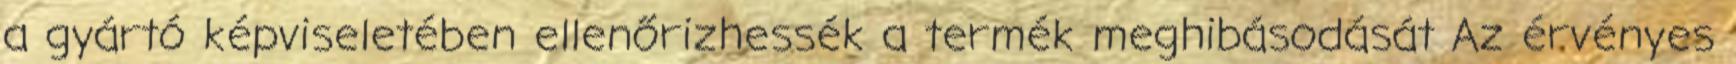
a gyártó képviseletében ellenőrizhessék a termék meghibásodását Az érvényes